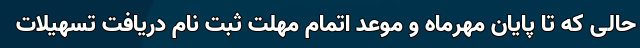
حالی که تا پایان مهرماه و موعد اتمام مهلت ثبت نام دریافت تسهیلات